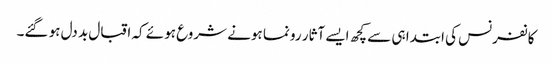
کانفرنس کی ابتدا ہی سے کچھ ایسے آثار رونما ہونے شروع ہوئے کہ اقبال بد دل ہو گئے۔